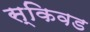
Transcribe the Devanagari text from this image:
स्किवड